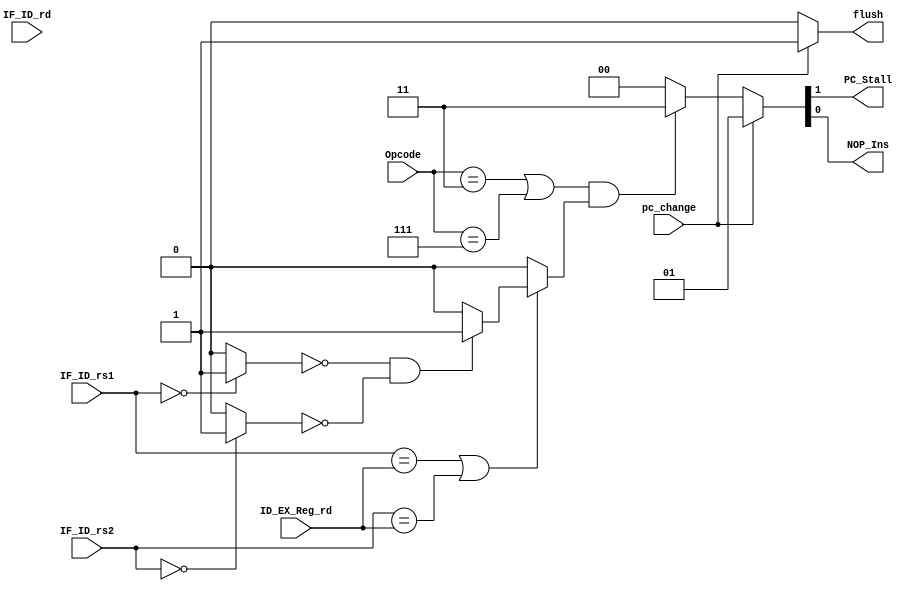
module Hazard_Unit (
	// INPUT
	input  wire [6:0] Opcode,
	// PC Change Detection        
	input  wire       pc_change,
	// Register Sources
	input  wire [4:0] IF_ID_rs1,
	input  wire [4:0] IF_ID_rs2,
	input  wire [4:0] IF_ID_rd,
	// Registered Destination Sources
	input  wire [4:0] ID_EX_Reg_rd,
	// OUTPUT
	output wire		  PC_Stall,
	output wire		  NOP_Ins, // no-operation insertion
	output reg        flush
);

// Expected Hazards
reg   expc_haz;


// Detect if the source is x0
wire   rs1_zero;
wire   rs2_zero;

// Stall The Core signal
reg [1:0] stall_core;

assign {PC_Stall,NOP_Ins} = stall_core; 

assign rs1_zero = (IF_ID_rs1 == 5'b0)? 1'b1:1'b0;
assign rs2_zero = (IF_ID_rs2 == 5'b0)? 1'b1:1'b0;

always @(*) begin
	if ((IF_ID_rs1 == ID_EX_Reg_rd) || (IF_ID_rs2 == ID_EX_Reg_rd)) begin
		if (!rs1_zero && !rs2_zero) begin
			expc_haz = 1'b1 ;
		end
		else begin
			expc_haz = 1'b0 ;
		end
	end
	else begin
		expc_haz = 1'b0 ;
	end
end

// Handle Exceptions
always @(*) begin
	flush 	   = 1'b0;
	stall_core = 2'b00;
	if (pc_change) begin
		flush      = 1'b1;
		stall_core = 2'b01;
	end
	else if ( (Opcode == 7'b0000011 || Opcode == 7'b0000111) && expc_haz) begin
		stall_core = 2'b11;
	end
	else begin
		stall_core = 2'b00;
		flush      = 1'b0;
	end
end

endmodule